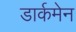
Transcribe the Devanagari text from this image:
डार्कमेन